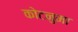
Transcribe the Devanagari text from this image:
कोटनुमा